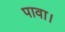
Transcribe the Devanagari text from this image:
पावा।